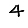
Digit: 4